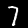
Label: 7